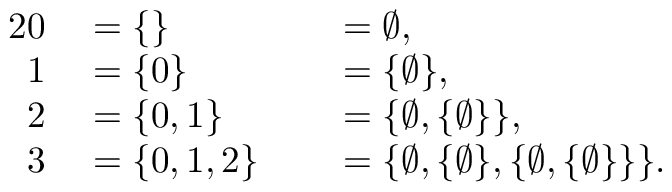
\begin{array} { r l r l } { { 2 } 0 } & { { } { } = \{ \} } & { } & { { } { } = \emptyset , } \\ { 1 } & { { } { } = \{ 0 \} } & { } & { { } { } = \{ \emptyset \} , } \\ { 2 } & { { } { } = \{ 0 , 1 \} } & { } & { { } { } = \{ \emptyset , \{ \emptyset \} \} , } \\ { 3 } & { { } { } = \{ 0 , 1 , 2 \} } & { } & { { } { } = \{ \emptyset , \{ \emptyset \} , \{ \emptyset , \{ \emptyset \} \} \} . } \end{array}